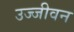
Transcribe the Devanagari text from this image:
उज्जीवन